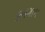
કનગામ